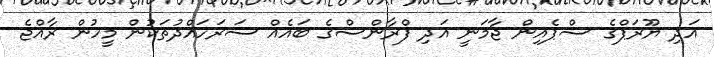
އަދި ޔޫރަޕްގެ ސްޕެއިން ޖާމަނީ އަދި ފްރާންސްގެ ބައެއް ސަރަހައްދުތަކުން މީހުން ރާއްޖެ